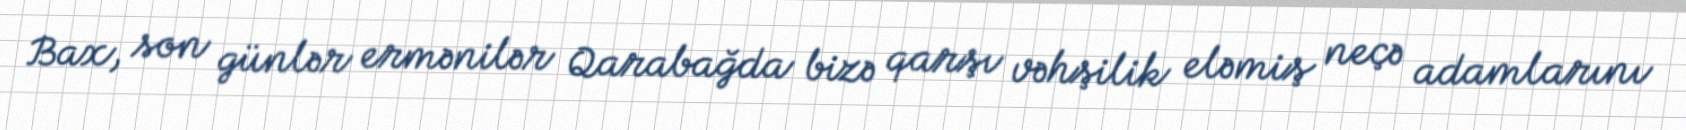
Bax, son günlər ermənilər Qarabağda bizə qarşı vəhşilik eləmiş neçə adamlarını